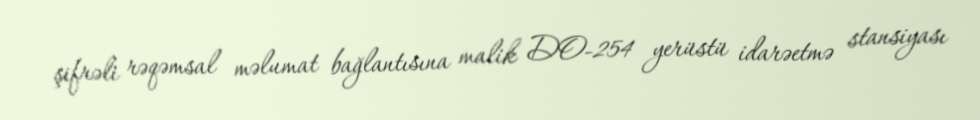
şifrəli rəqəmsal məlumat bağlantısına malik DO-254 yerüstü idarəetmə stansiyası